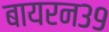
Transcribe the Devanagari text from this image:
बायरन३९